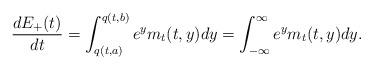
LaTeX: \begin{align*} \frac{dE_+(t)}{dt}=\int_{q(t,a)}^{q(t,b)}e^y m_t(t,y)dy=\int_{-\infty}^{\infty}e^y m_t(t,y)dy.\end{align*}